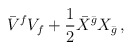
\begin{align*}\bar V^f V_f +\frac 12 \bar X^{\bar g} X_{\bar g}\,,\end{align*}